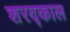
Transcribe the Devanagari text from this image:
शरद्काल